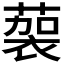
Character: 𱾚